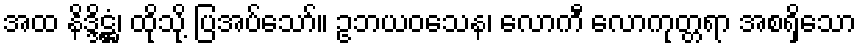
အထ နိဒ္ဒိဋ္ဌံ၊ ထိုသို့ ပြအပ်သော်။ ဥဘယဝသေန၊ လောကီ လောကုတ္တရာ အစရှိသော